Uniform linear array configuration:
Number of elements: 4
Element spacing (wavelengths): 0.25
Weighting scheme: exponential
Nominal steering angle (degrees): -45
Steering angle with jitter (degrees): -43.138
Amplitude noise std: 0.05
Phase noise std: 0.05

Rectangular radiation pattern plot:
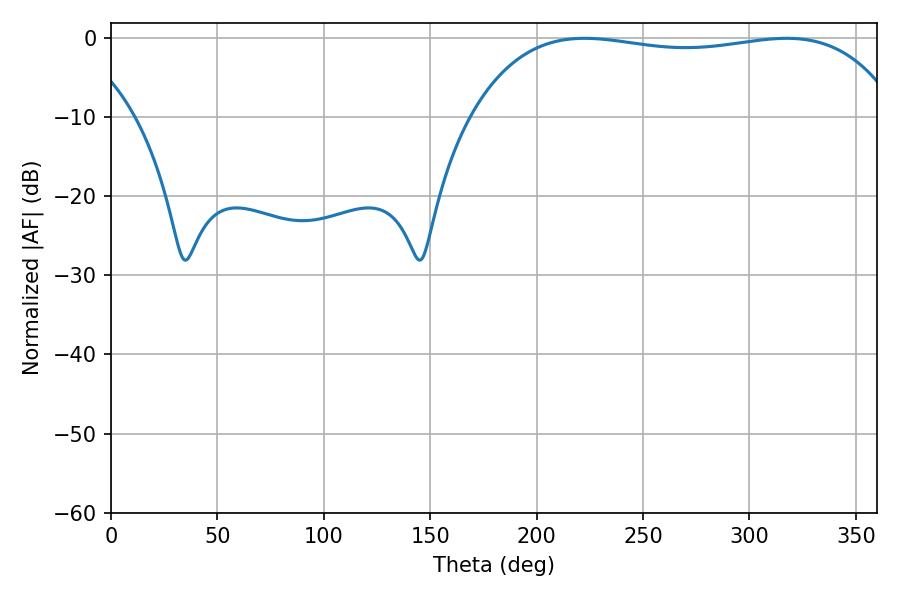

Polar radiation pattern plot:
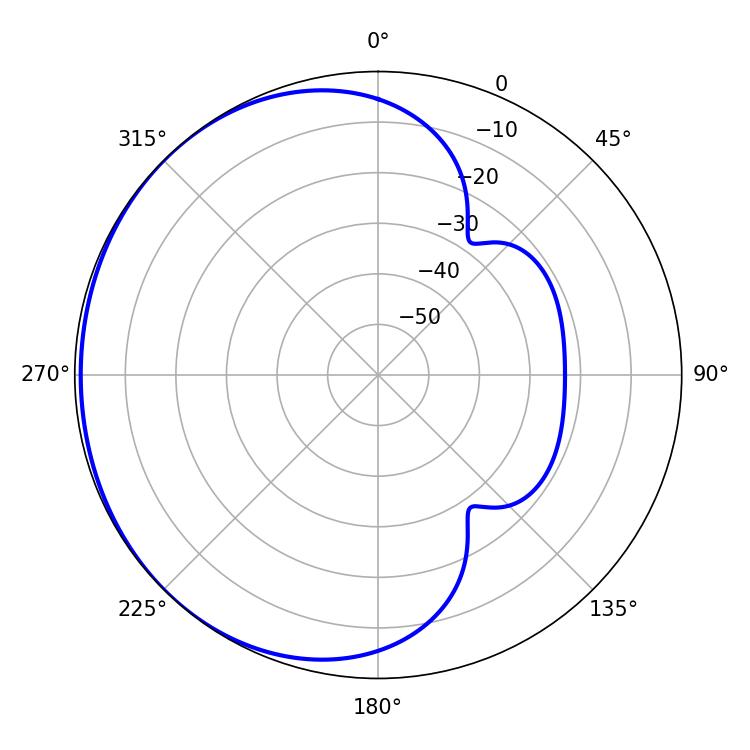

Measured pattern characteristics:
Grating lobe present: FALSE
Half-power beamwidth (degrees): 161.28
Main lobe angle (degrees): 222.48